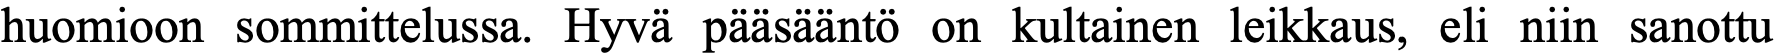
huomioon sommittelussa. Hyvä pääsääntö on kultainen leikkaus, eli niin sanottu